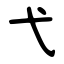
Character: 弋